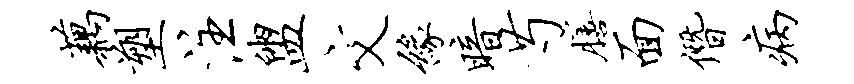
藕塑注盥文缘暗芍膳面僭病